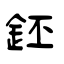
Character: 鉟